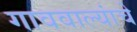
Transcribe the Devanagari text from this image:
गाववाल्यांचे